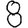
Digit: 8